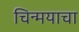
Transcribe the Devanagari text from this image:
चिन्मयाचा